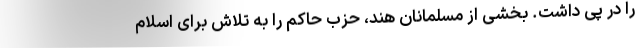
را در پی داشت. بخشی از مسلمانان هند، حزب حاکم را به تلاش برای اسلام